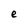
Character: e